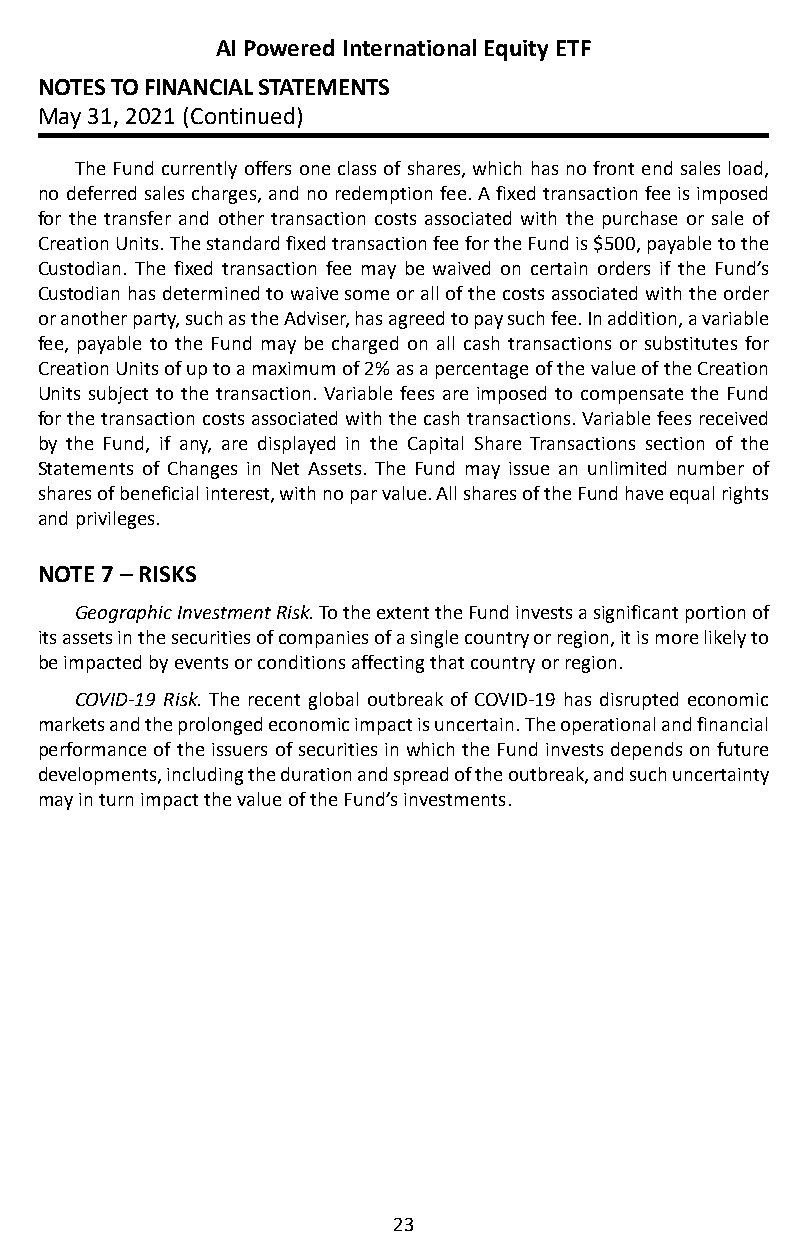
AI Powered International Equity ETF
 NOTES TO FINANCIAL STATEMENTS
 May 31, 2021 (Continued)
 The Fund currently offers one class of shares, which has no front end sales load,
 no deferred sales charges, and no redemption fee� A fixed transaction fee is imposed
 for the transfer and other transaction costs associated with the purchase or sale of
 Creation Units� The standard fixed transaction fee for the Fund is $500, payable to the
 Custodian� The fixed transaction fee may be waived on certain orders if the Fund’s
 Custodian has determined to waive some or all of the costs associated with the order
 or another party, such as the Adviser, has agreed to pay such fee� In addition, a variable
 fee, payable to the Fund may be charged on all cash transactions or substitutes for
 Creation Units of up to a maximum of 2% as a percentage of the value of the Creation
 Units subject to the transaction� Variable fees are imposed to compensate the Fund
 for the transaction costs associated with the cash transactions� Variable fees received
 by the Fund, if any, are displayed in the Capital Share Transactions section of the
 Statements of Changes in Net Assets� The Fund may issue an unlimited number of
 shares of beneficial interest, with no par value� All shares of the Fund have equal rights
 and privileges�
 NOTE 7 – RISKS
 Geographic Investment Risk. To the extent the Fund invests a significant portion of
 its assets in the securities of companies of a single country or region, it is more likely to
 be impacted by events or conditions affecting that country or region�
 COVID-19 Risk. The recent global outbreak of COVID-19 has disrupted economic
 markets and the prolonged economic impact is uncertain� The operational and financial
 performance of the issuers of securities in which the Fund invests depends on future
 developments, including the duration and spread of the outbreak, and such uncertainty
 may in turn impact the value of the Fund’s investments�
 23